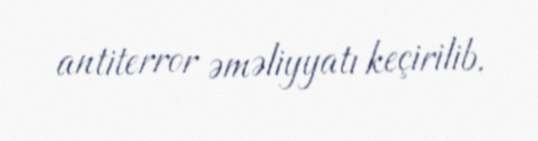
antiterror əməliyyatı keçirilib.